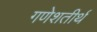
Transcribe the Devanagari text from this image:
गणेशतीर्थ